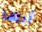
أنها